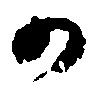
か